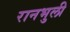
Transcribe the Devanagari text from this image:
रानभुली